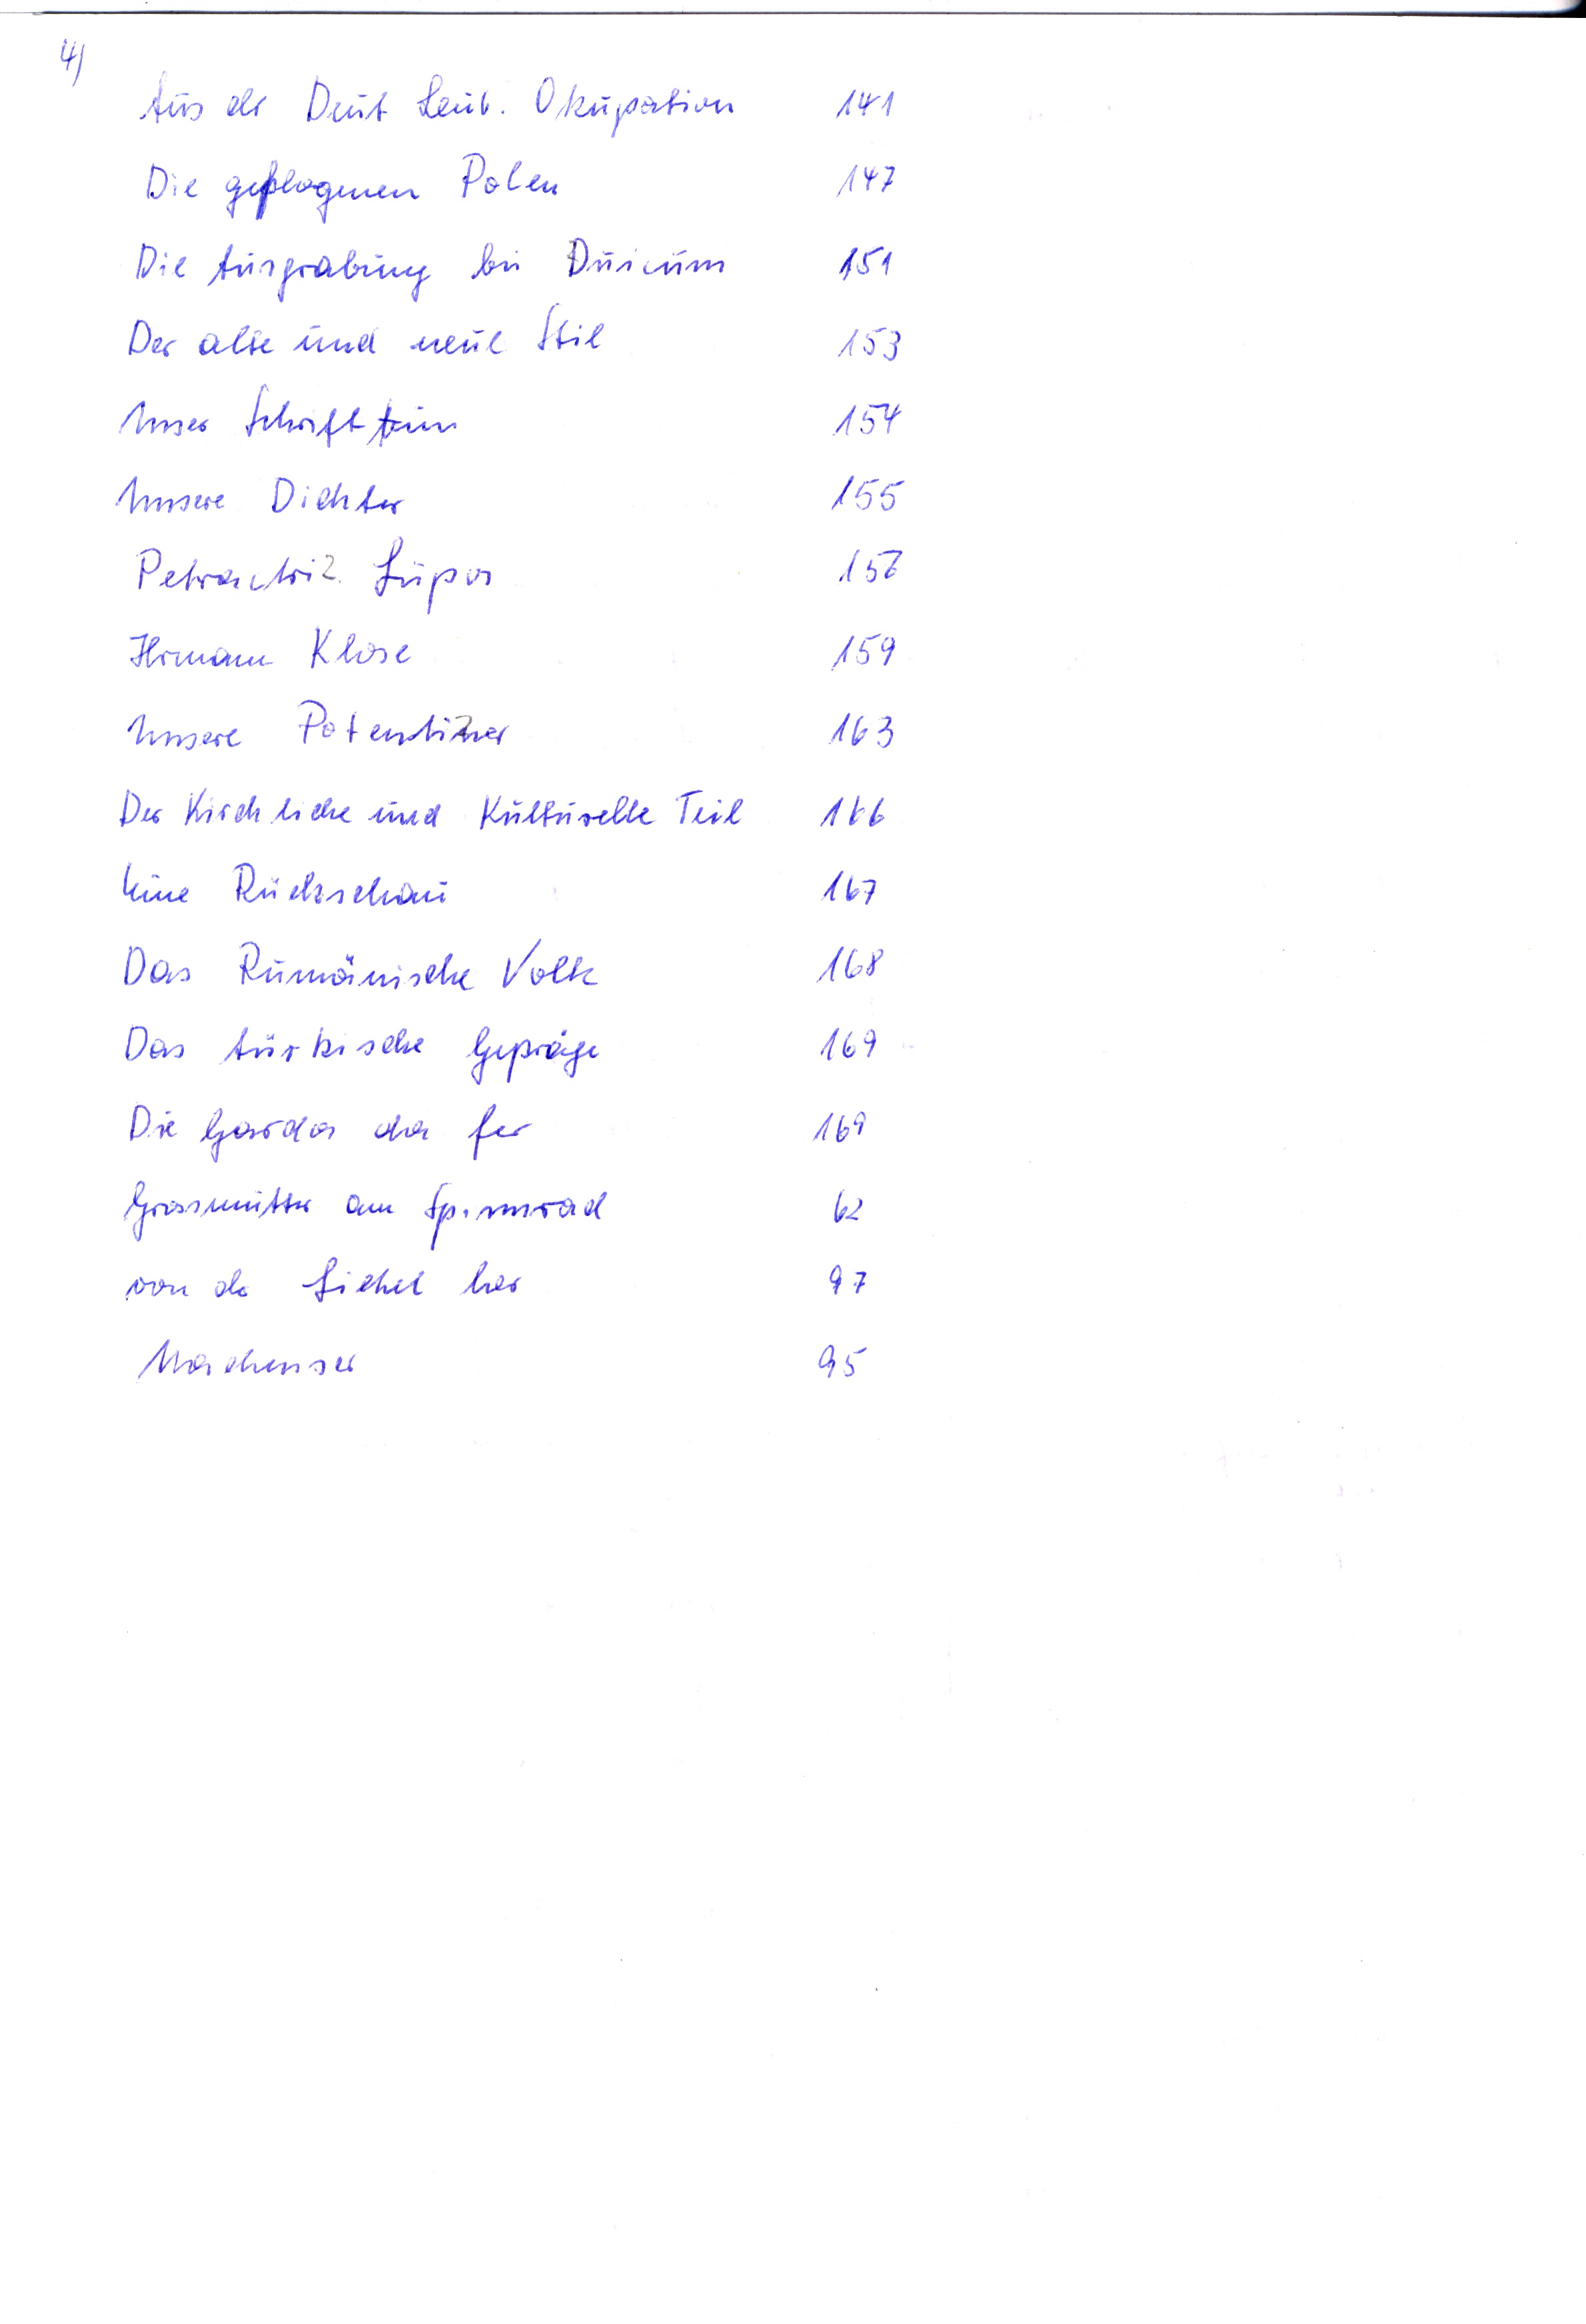
Aus der Deut. Leub. Okupation	141
Die gefangenen Polen	147
Die Ausgrabung bei Duicum	151
Der alte und neue Stil	153
Unser Schrifttum	154
Unsere Dichter	155
Petractri Lupos	156
Hermann Klose	159
Unsere Potemkiner	163
Der Kirchliche und Kulturelle Teil	166
Eine Rückschau	167
Das Rumänische Volk	168
Das türkische Gepräge	169
Die 	169
Grossmutter am Spinnrad	62
von d Liehel her	97
Mackenser	95